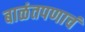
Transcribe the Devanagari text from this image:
बाळंतपणाचं